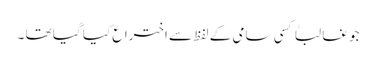
جو غالباً کسی سامی کے لفظ سے اختراع کیا گیا تھا ۔